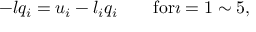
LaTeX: - l q _ { i } = u _ { i } - l _ { i } q _ { i } \quad \quad \mathrm { f o r } \i = 1 \sim 5 ,